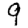
Digit: 9